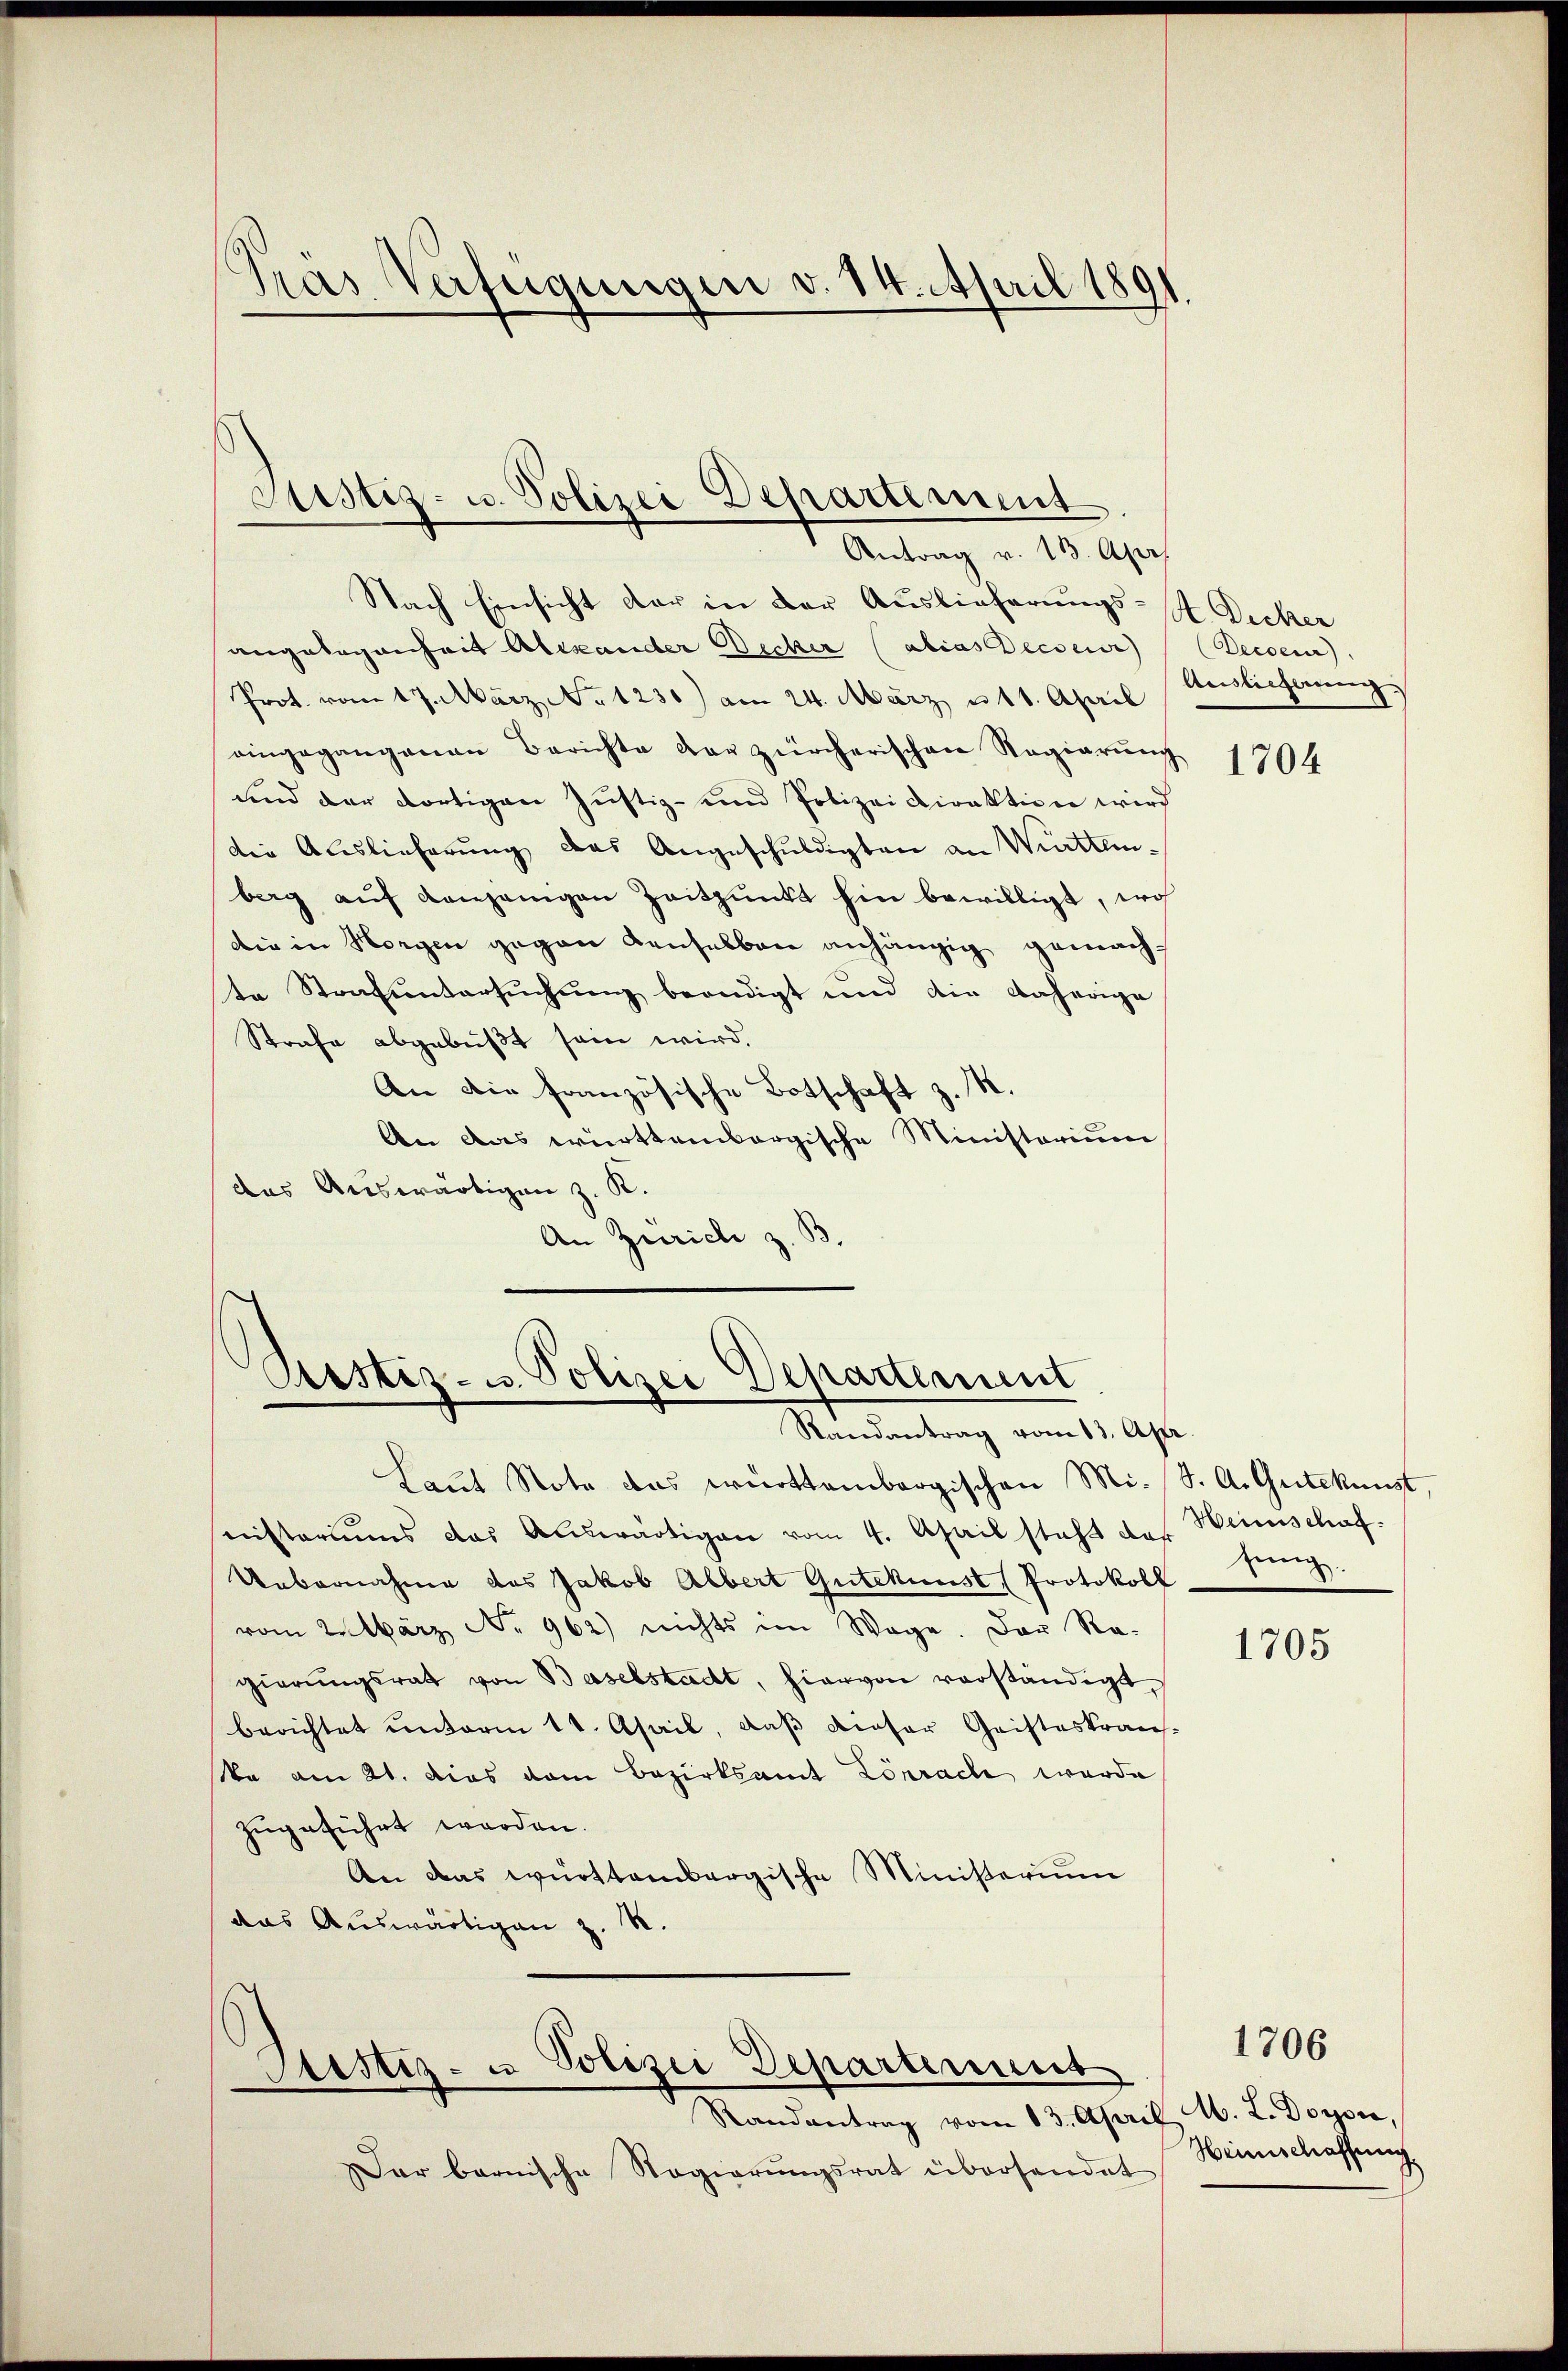
Nach Einsicht der in der Auslieferungs- Dicker
angelegenheit Alexander Decker (abias Reisen
Prot. vom 17. März No 1230) am 24. März u 11. April
eingegangenen Berichte der zürcherischen Regierung
und der dortigen Justiz- und Polizeidirektion wird
die Auslieferung des Angeschuldigten an Württemberg auf denjenigen Zeitpunkt hin bewilligt, wo
die in Horgen gegen denselben anhängig gemacht
te Strafuntersuchung beendigt und die daherige
Strafe abgebüßt sein wird.
An die französische Botschaft z. R.
An das württembergische Ministerium
das Auswärtigen z. K.
An Zürich z. B

Pras Verfügungen v. 14. April 1891

Justiz- u. Polizei Departement
Antrag v. 13. Apr

Justiz- u. Polizei Departement
Randantrag vom 13. Apr

Dar bernische Regierŭngsrat übersendet

Laŭt Note das württembergischen Mi-S. A. Gutekunst,
nisteriums das Auswärtigen vom 4. April steht des Heinschaf¬
Uebernahme des Jakob Albert Gutekunst (Protokoll
vom 2. März No 962) nichts im Wege. Der Re-
gierungsrath von Baselstadt, hiervon vorständigt,
berichtet unterm 11. April, daß dieser Geisteskran
ka am 21. dies vom Bezirksamt Lörrach wurde
zugeführt werden.
An das württembergische Ministerium
das Auswärtigen z. R.

Justiz- u Polizei Departinius
Randantrag vom 13. April M. L. Dorsee,

(Decoeur)
Aeislicherung

1704

lung.

1705

1706

Heimschaffung